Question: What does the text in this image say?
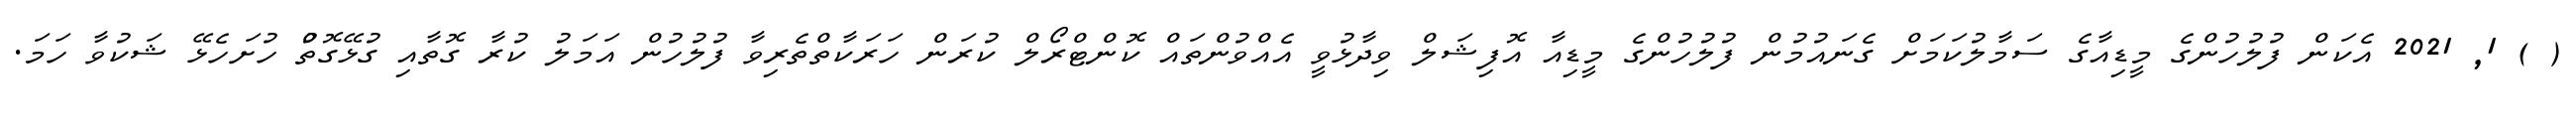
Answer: ( ) 1, 2021 އެކަން ފުލުހުންގެ މީޑިއާގެ ސަމާލުކަމަށް ގެނައުމުން ފުލުހުންގެ މީޑިއާ އޮފިޝަލް ވިދާޅުވީ އެއްވުންތައް ކޮންޓްރޯލް ކުރަން ހަރަކާތްތެރިވާ ފުލުހުން އަމަލު ކުރާ ގޮތާއި ގުޅޭގޮތުް ހުށަހެޅޭ ޝަކުވާ ހަމަ.